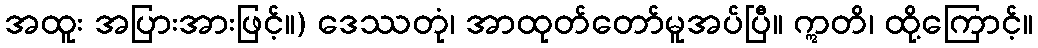
အထူး အပြားအားဖြင့်။) ဒေဿတုံ၊ အာထုတ်တော်မူအပ်ပြီ။ ဣတိ၊ ထို့ကြောင့်။